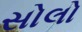
સોલો